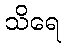
သိရေ